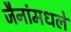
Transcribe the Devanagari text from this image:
जैनांमधले